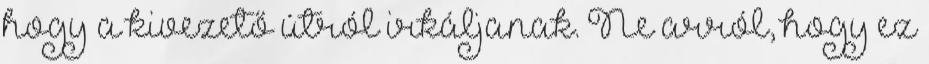
hogy a kivezető útról irkáljanak. Ne arról, hogy ez